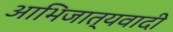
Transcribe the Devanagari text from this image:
आभिजात्यवादी